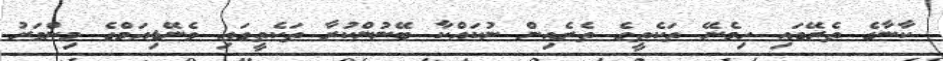
ކާނާގެ ތެރޭގައި ހިމެނޭ ތަކެތީގެ ތެރެއިން ނުކައްކާ ބޭނުންކުރާ ތަކެތީގައި ވެނޭޑިއަމްގެ މިންވަރު